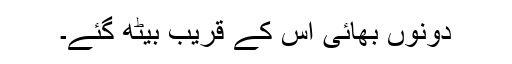
دونوں بھائی اُس کے قریب بیٹھ گئے۔